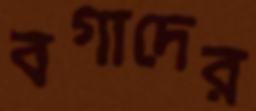
বগাদের